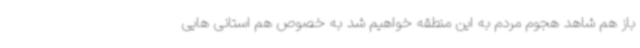
باز هم شاهد هجوم مردم به این منطقه خواهیم شد به خصوص هم استانی هایی